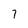
Character: 7